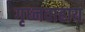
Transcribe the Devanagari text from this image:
गृध्नवाहाय